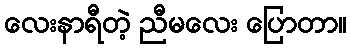
လေးနာရီတဲ့ ညီမလေး ပြောတာ။